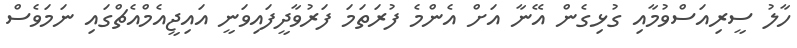
ހާލު ސީރިއަސްވުމާއި ގުޅިގެން އޭނާ އަށް އެންމެ ފުރަތަމަ ފަރުވާދީފައިވަނީ އައިޖީއެމްއެޗްގައި ނަމަވެސް